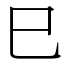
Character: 巳